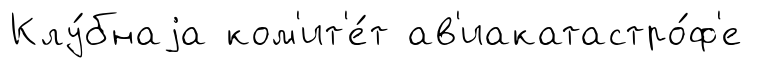
Клу́бнаjа ком'ит'е́т ав'иакатастро́ф'е